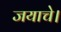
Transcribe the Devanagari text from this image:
जयाचे।